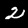
Digit: 2